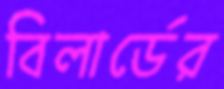
বিলার্ডের